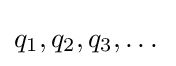
q_{1},q_{2},q_{3},\dots